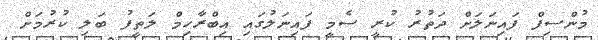
މުންސިފް ފައިނަލަށް ދަތުރު ކުރީ ސެމީ ފައިނަލުގައި އިބްރާހިމް ލަތީފު ބަލި ކުރުމަށް